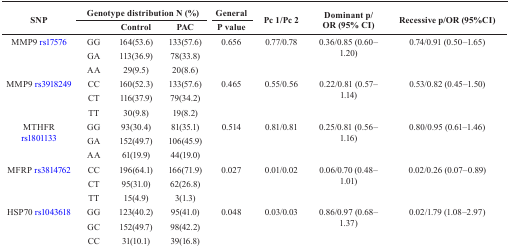
<table><thead><tr><td rowspan="2"><b>SNP</b></td><td colspan="3"><b>Genotype distribution N (%)</b></td><td><b>General</b></td><td rowspan="2"><b>Pc 1/Pc 2</b></td><td rowspan="2"><b>Dominant p/OR (95% CI)</b></td><td rowspan="2"><b>Recessive p/OR (95%CI)</b></td></tr><tr><td><b> </b></td><td><b>Control</b></td><td><b>PAC</b></td><td><b>P value</b></td></tr></thead><tbody><tr><td rowspan="3">MMP9 rs17576</td><td>GG</td><td>164(53.6)</td><td>133(57.6)</td><td rowspan="3">0.656</td><td rowspan="3">0.77/0.78</td><td rowspan="3">0.36/0.85 (0.60–1.20)</td><td rowspan="3">0.74/0.91 (0.50–1.65)</td></tr><tr><td>GA</td><td>113(36.9)</td><td>78(33.8)</td></tr><tr><td>AA</td><td>29(9.5)</td><td>20(8.6)</td></tr><tr><td rowspan="3">MMP9 rs3918249</td><td>CC</td><td>160(52.3)</td><td>133(57.6)</td><td rowspan="3">0.465</td><td rowspan="3">0.55/0.56</td><td rowspan="3">0.22/0.81 (0.57–1.14)</td><td rowspan="3">0.53/0.82 (0.45–1.50)</td></tr><tr><td>CT</td><td>116(37.9)</td><td>79(34.2)</td></tr><tr><td>TT</td><td>30(9.8)</td><td>19(8.2)</td></tr><tr><td rowspan="3">MTHFR rs1801133</td><td>GG</td><td>93(30.4)</td><td>81(35.1)</td><td rowspan="3">0.514</td><td rowspan="3">0.81/0.81</td><td rowspan="3">0.25/0.81 (0.56–1.16)</td><td rowspan="3">0.80/0.95 (0.61–1.46)</td></tr><tr><td>GA</td><td>152(49.7)</td><td>106(45.9)</td></tr><tr><td>AA</td><td>61(19.9)</td><td>44(19.0)</td></tr><tr><td rowspan="3">MFRP rs3814762</td><td>CC</td><td>196(64.1)</td><td>166(71.9)</td><td rowspan="3">0.027</td><td rowspan="3">0.01/0.02</td><td rowspan="3">0.06/0.70 (0.48–1.01)</td><td rowspan="3">0.02/0.26 (0.07–0.89)</td></tr><tr><td>CT</td><td>95(31.0)</td><td>62(26.8)</td></tr><tr><td>TT</td><td>15(4.9)</td><td>3(1.3)</td></tr><tr><td rowspan="3">HSP70 rs1043618</td><td>GG</td><td>123(40.2)</td><td>95(41.0)</td><td rowspan="3">0.048</td><td rowspan="3">0.03/0.03</td><td rowspan="3">0.86/0.97 (0.68–1.37)</td><td rowspan="3">0.02/1.79 (1.08–2.97)</td></tr><tr><td>GC</td><td>152(49.7)</td><td>98(42.2)</td></tr><tr><td>CC</td><td>31(10.1)</td><td>39(16.8)</td></tr></tbody></table>